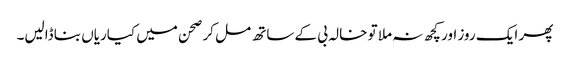
پھر ایک روز اور کچھ نہ ملا تو خالہ بی کے ساتھ مل کر صحن میں کیاریاں بنا ڈالیں۔